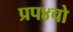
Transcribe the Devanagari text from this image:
प्रप४चो